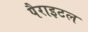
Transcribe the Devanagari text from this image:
पैराइटल